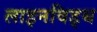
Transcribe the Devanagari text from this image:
लाइनविड्थ